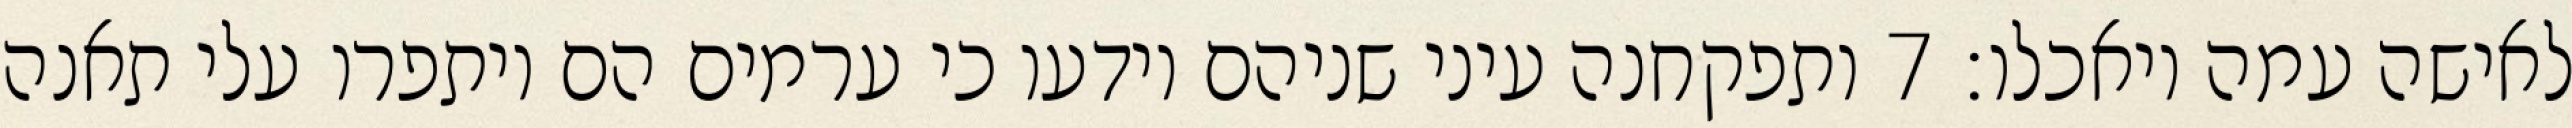
לאישה עמה ויאכלו׃ ‎7‏ ותפקחנה עיני שניהם וידעו כי ערמים הם ויתפרו עלי תאנה